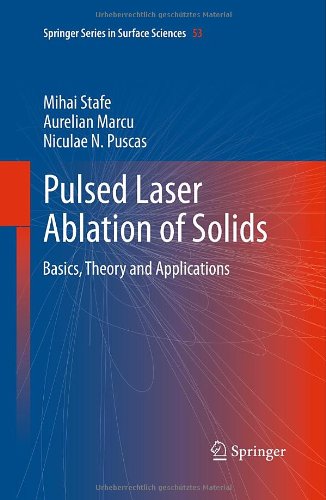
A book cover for Pulsed Laser Ablation of Solids: Basics, Theory and Applications (Springer Series in Surface Sciences); Mihai Stafe; Science & Math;